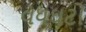
વધઘટો